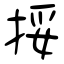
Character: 挼